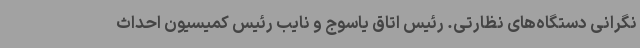
نگرانی دستگاه‌های نظارتی. رئیس اتاق یاسوج و نایب رئیس کمیسیون احداث